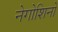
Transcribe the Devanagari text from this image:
नेगोशिनो